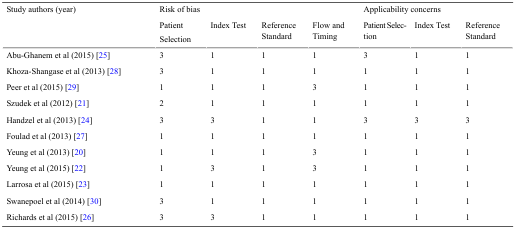
<table><thead><tr><td rowspan="2"><b>Study authors (year)</b></td><td colspan="4"><b>Risk of bias</b></td><td colspan="3"><b>Applicability concerns</b></td></tr><tr><td><b>Patient Selection</b></td><td><b>Index Test</b></td><td><b>Reference Standard</b></td><td><b>Flow and Timing</b></td><td><b>Patient Selection</b></td><td><b>Index Test</b></td><td><b>Reference Standard</b></td></tr></thead><tbody><tr><td>Abu-Ghanem et al (2015) [25]</td><td>3</td><td>1</td><td>1</td><td>1</td><td>3</td><td>1</td><td>1</td></tr><tr><td>Khoza-Shangase et al (2013) [28]</td><td>3</td><td>1</td><td>1</td><td>1</td><td>1</td><td>1</td><td>1</td></tr><tr><td>Peer et al (2015) [29]</td><td>1</td><td>1</td><td>1</td><td>3</td><td>1</td><td>1</td><td>1</td></tr><tr><td>Szudek et al (2012) [21]</td><td>2</td><td>1</td><td>1</td><td>1</td><td>1</td><td>1</td><td>1</td></tr><tr><td>Handzel et al (2013) [24]</td><td>3</td><td>3</td><td>1</td><td>1</td><td>3</td><td>3</td><td>3</td></tr><tr><td>Foulad et al (2013) [27]</td><td>1</td><td>1</td><td>1</td><td>1</td><td>1</td><td>1</td><td>1</td></tr><tr><td>Yeung et al (2013) [20]</td><td>1</td><td>1</td><td>1</td><td>3</td><td>1</td><td>1</td><td>1</td></tr><tr><td>Yeung et al (2015) [22]</td><td>1</td><td>3</td><td>1</td><td>3</td><td>1</td><td>1</td><td>1</td></tr><tr><td>Larrosa et al (2015) [23]</td><td>1</td><td>1</td><td>1</td><td>1</td><td>1</td><td>1</td><td>1</td></tr><tr><td>Swanepoel et al (2014) [30]</td><td>3</td><td>1</td><td>1</td><td>1</td><td>1</td><td>1</td><td>1</td></tr><tr><td>Richards et al (2015) [26]</td><td>3</td><td>3</td><td>1</td><td>1</td><td>1</td><td>1</td><td>1</td></tr></tbody></table>